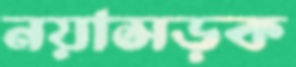
নয়াসড়ক